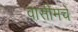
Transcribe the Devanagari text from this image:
वासीमचे